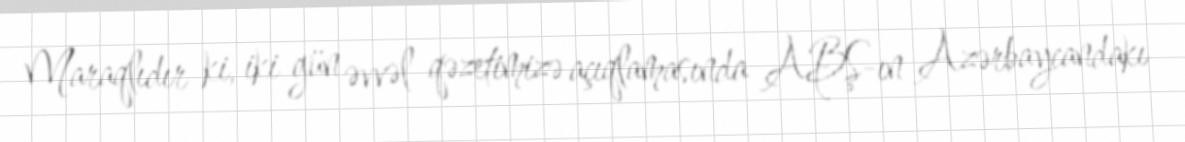
Maraqlıdır ki, iki gün əvvəl qəzetimizə açıqlamasında ABŞ-ın Azərbaycandakı